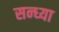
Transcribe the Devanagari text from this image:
सन्‍ध्‍या